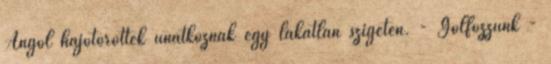
Angol hajótöröttek unatkoznak egy lakatlan szigeten. - Golfozzunk -